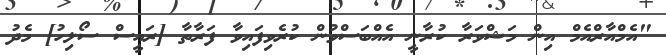
"އެމްއާރްއެމް އިން މަޝްވަރާ ކުރާނީ އެއްބަސްވުން ކުރެވިފައިވާ ފަރާތާ [ރައީސް ސޯލިހު] މެދު